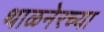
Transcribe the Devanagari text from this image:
थाळनेरच्या